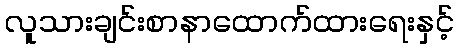
လူသားချင်းစာနာထောက်ထားရေးနှင့်